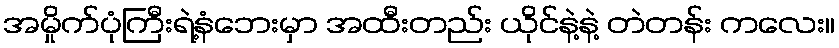
အမှိုက်ပုံကြီးရဲ့နံဘေးမှာ အထီးတည်း ယိုင်နဲ့နဲ့ တဲတန်း ကလေး။